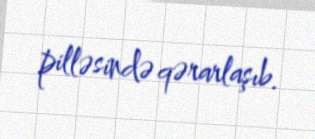
pilləsində qərarlaşıb.